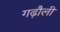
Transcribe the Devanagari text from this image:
गढ़ौली